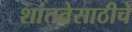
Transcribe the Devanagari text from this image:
शांततेसाठीचे